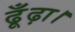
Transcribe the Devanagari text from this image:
ढूँढ़ा।